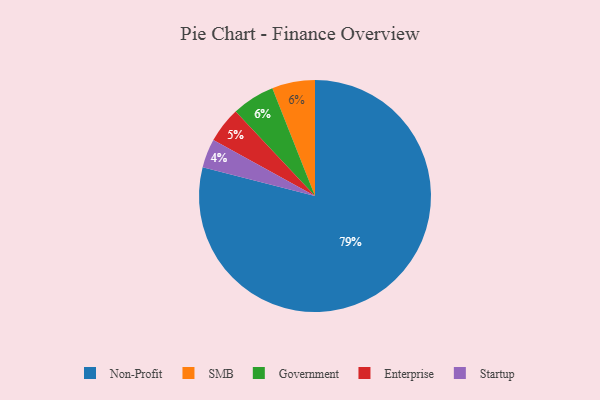
{"axis": {"x": "Category", "y": "Percentage"}, "legend": ["Enterprise", "Government", "Non-Profit", "SMB", "Startup"], "data": [{"x": "Non-Profit", "y": 79, "type": "Non-Profit"}, {"x": "Enterprise", "y": 5, "type": "Enterprise"}, {"x": "SMB", "y": 6, "type": "SMB"}, {"x": "Startup", "y": 4, "type": "Startup"}, {"x": "Government", "y": 6, "type": "Government"}]}